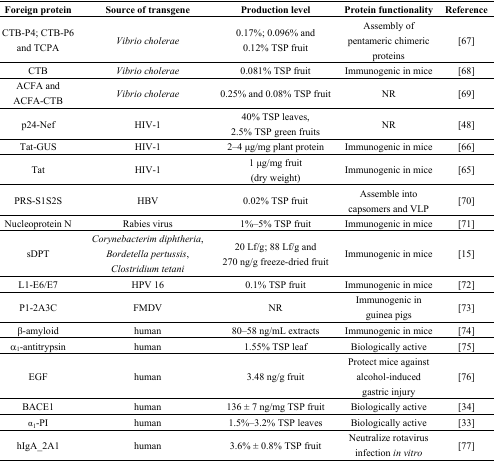
| Foreign protein | Source of transgene | Production level | Protein functionality | Reference |
 | --- | --- | --- | --- | --- |
 | CTB-P4; CTB-P6 and TCPA | Vibrio cholerae | 0.17%; 0.096% and 0.12% TSP fruit | Assembly of pentameric chimeric proteins | [67] |
 | CTB | Vibrio cholerae | 0.081% TSP fruit | Immunogenic in mice | [68] |
 | ACFA and ACFA-CTB | Vibrio cholerae | 0.25% and 0.08% TSP fruit | NR | [69] |
 | p24-Nef | HIV-1 | 40% TSP leaves, 2.5% TSP green fruits | NR | [48] |
 | Tat-GUS | HIV-1 | 2–4 μg/mg plant protein | Immunogenic in mice | [66] |
 | Tat | HIV-1 | 1 μg/mg fruit (dry weight) | Immunogenic in mice | [65] |
 | PRS-S1S2S | HBV | 0.02% TSP fruit | Assemble into capsomers and VLP | [70] |
 | Nucleoprotein N | Rabies virus | 1%–5% TSP fruit | Immunogenic in mice | [71] |
 | sDPT | Corynebacterim diphtheria, Bordetella pertussis, Clostridium tetani | 20 Lf/g; 88 Lf/g and 270 ng/g freeze-dried fruit | Immunogenic in mice | [15] |
 | L1-E6/E7 | HPV 16 | 0.1% TSP fruit | Immunogenic in mice | [72] |
 | P1-2A3C | FMDV | NR | Immunogenic in guinea pigs | [73] |
 | β-amyloid | human | 80–58 ng/mL extracts | Immunogenic in mice | [74] |
 | α1-antitrypsin | human | 1.55% TSP leaf | Biologically active | [75] |
 | EGF | human | 3.48 ng/g fruit | Protect mice against alcohol-induced gastric injury | [76] |
 | BACE1 | human | 136 ± 7 ng/mg TSP fruit | Biologically active | [34] |
 | α1-PI | human | 1.5%–3.2% TSP leaves | Biologically active | [33] |
 | hIgA_2A1 | human | 3.6% ± 0.8% TSP fruit | Neutralize rotavirus infection in vitro | [77] |